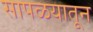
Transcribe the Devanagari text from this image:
सापळयातून